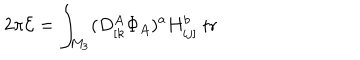
2 \pi { \cal E } = \int _ { M _ { 3 } } ( D _ { [ k } ^ { A } \Phi _ { A } ) ^ { a } H _ { i j ] } ^ { b } \ \mathrm { t r }